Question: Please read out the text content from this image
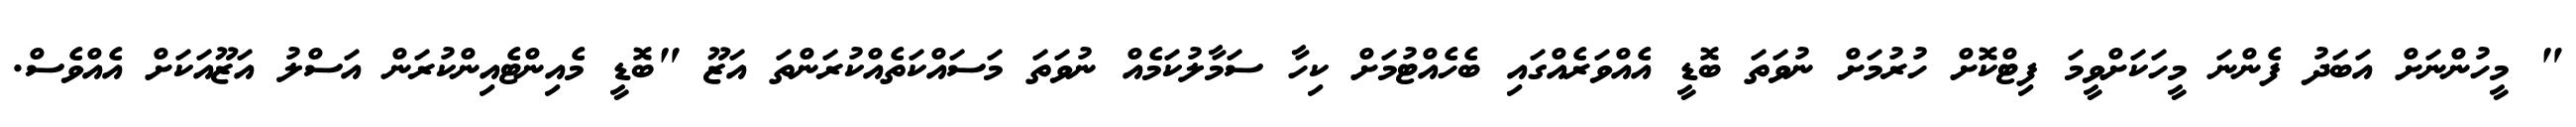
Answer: " މީހުންނަށް އަބަދު ފެންނަ މީހަކަށްވީމަ ފިޓްކޮށް ހުރުމަށް ނުވަތަ ބޮޑީ އެއްވަރެއްގައި ބެހެއްޓުމަށް ކިހާ ސަމާލުކަމެއް ނުވަތަ މަސައްކަތެއްކުރަންތަ އަޒޫ "ބޮޑީ މެއިންޓެއިންކުރަން އަސްލު އަޒޫއަކަށް އެއްވެސް.